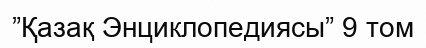
”Қазақ Энциклопедиясы” 9 том